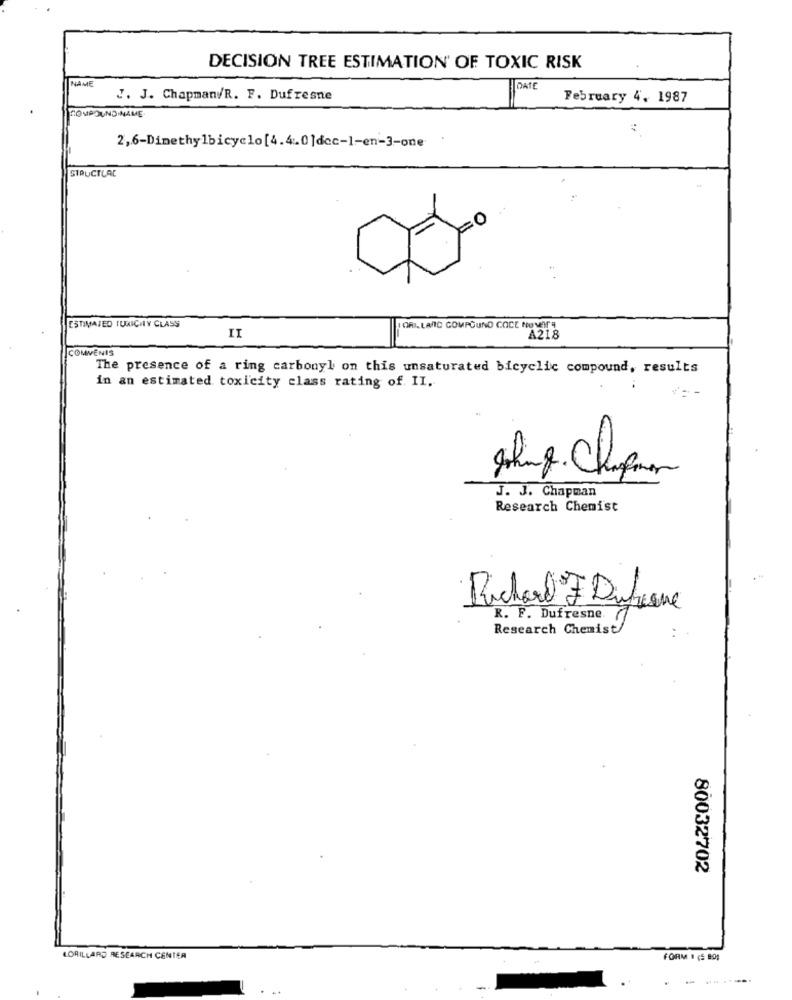
DECISION TREE ESTIMATION OF TOXIC RISK
NAME
DATE
J. J. Chapman/R. F. Dufresne
February 4. 1987
HOURSUNDINAME
2,6-Dimethylbicyclo[4.4.0]dec-1-en-3-one;
STRUCTLAC
ESTIMATED TUXICITY CLASS
ORI. LARIC COMPOUND COCE HUMOrs
II
A218
COMMENIS
The presence of a ring carbonyl on this unsaturated bicyclic compound, results
in an estimated toxicity class rating of. II.
J. J. Chapman
Research Chemist
Richard J Dufresne
R. F. Dufresne
Research Chemist/
80032702
LORILLARD RESEARCH CENTER
FORM # (5 80;
.
-